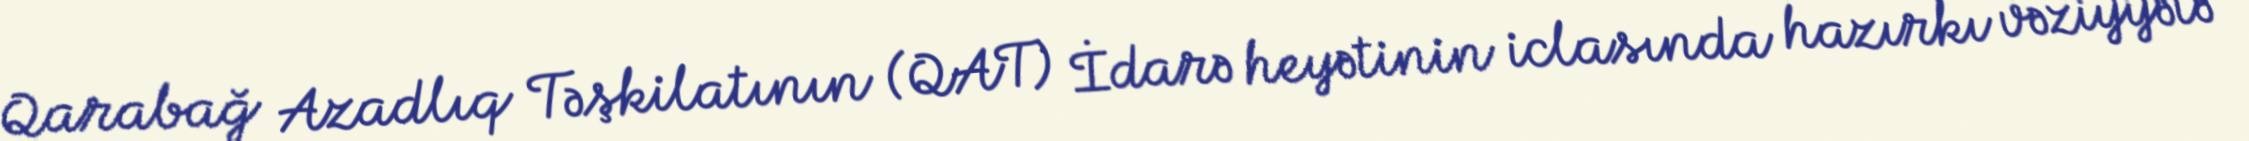
Qarabağ Azadlıq Təşkilatının (QAT) İdarə heyətinin iclasında hazırkı vəziyyətə